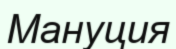
Мануция